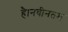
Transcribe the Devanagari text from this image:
है।नवीनतम